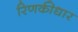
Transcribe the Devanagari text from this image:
रिणकीधार